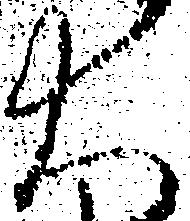
大